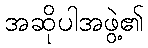
အဆိုပါအဖွဲ့၏